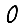
Digit: 0